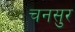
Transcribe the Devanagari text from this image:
चनसुर